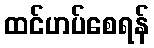
ထင်ဟပ်စေရန်